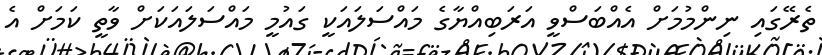
ތެރޭގައި ނިންމުމަށް އެއްބަސްވީ އަރަބިއްޔާގެ މައްސަލައަކީ ގައުމީ މައްސަލައަކަށް ވާތީ ކަމަށް އެ